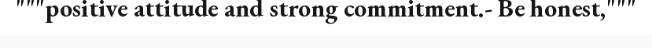
"""positive attitude and strong commitment.- Be honest,"""